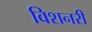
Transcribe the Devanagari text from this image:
विशनरी